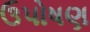
ઉપોષણ